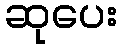
ဆုပေး